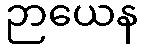
ဉာယေန